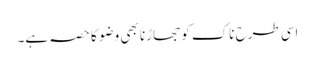
اسی طرح ناک کو جھاڑنا بھی وضو کا حصہ ہے۔